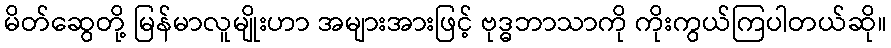
မိတ်ဆွေတို့ မြန်မာလူမျိုးဟာ အများအားဖြင့် ဗုဒ္ဓဘာသာကို ကိုးကွယ်ကြပါတယ်ဆို။